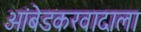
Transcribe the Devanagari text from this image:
आंबेडकरवादाला